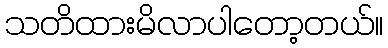
သတိထားမိလာပါတော့တယ်။